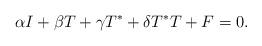
LaTeX: \begin{align*}\alpha I + \beta T + \gamma T^* + \delta T^* T + F = 0. \end{align*}